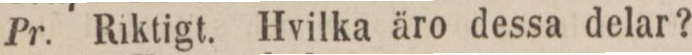
Pr. Riktigt. Hvilka äro dessa delar?